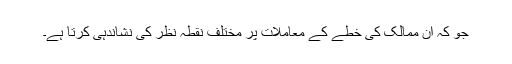
جو کہ ان ممالک کی خطے کے معاملات پر مختلف نقطہ نظر کی نشاندہی کرتا ہے۔